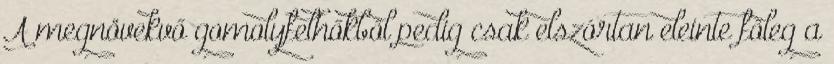
A megnövekvő gomolyfelhőkből pedig csak elszórtan eleinte főleg a